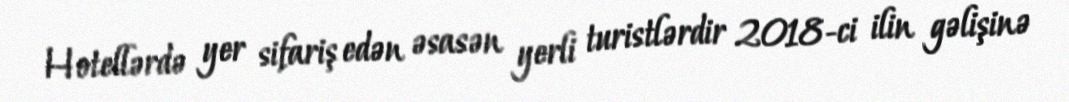
Hotellərdə yer sifariş edən əsasən yerli turistlərdir 2018-ci ilin gəlişinə